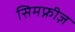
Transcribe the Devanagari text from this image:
सिमफ्नीज़